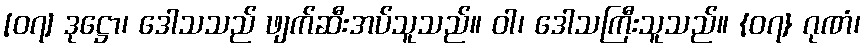
[၀၇] ဒုဋ္ဌော၊ ဒေါသသည် ဖျက်ဆီးအပ်သူသည်။ ဝါ၊ ဒေါသကြီးသူသည်။ {၀၇} ဂုဏံ၊